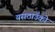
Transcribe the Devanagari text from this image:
यसठाउँको